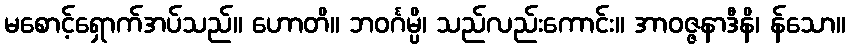
မစောင့်ရှောက်အပ်သည်။ ဟောတိ။ ဘဝင်္ဂမ္ပိ၊ သည်လည်းကောင်း။ အာဝဇ္ဇနာဒီနိ၊ န်သော။